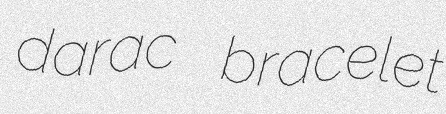
darac bracelet